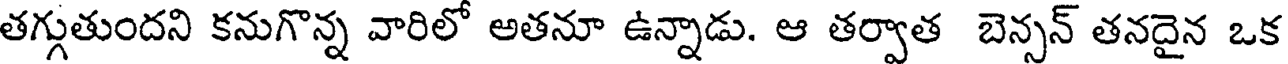
తగ్గుతుందని కనుగొన్న వారిలో అతనూ ఉన్నాడు. ఆ తర్వాత బెన్సన్ తనదైన ఒక